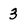
Character: 3